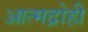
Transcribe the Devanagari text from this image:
आत्मद्रोही